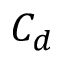
C _ { d }